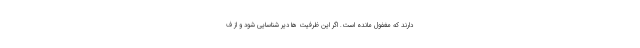
دارند که مغفول مانده است. اگر این ظرفیت ها دیر شناسایی شود و از ف